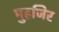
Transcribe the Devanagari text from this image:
मुहजिर